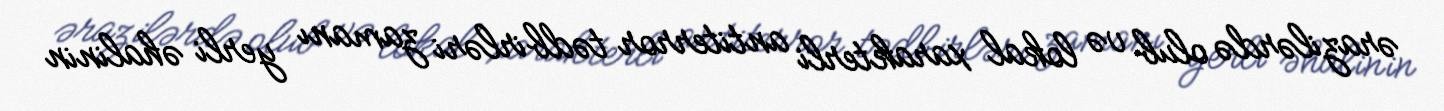
ərazilərdə olub və lokal xarakterli antiterror tədbirləri zamanı yerli əhalinin